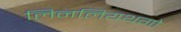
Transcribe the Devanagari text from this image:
लिनलियथगो